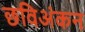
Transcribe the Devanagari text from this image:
छविअंकन